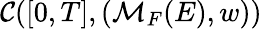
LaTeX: \mathcal{C}([0,T],(\mathcal{M}_{F}(E),w))